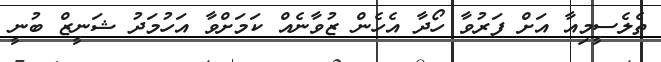
ތެލެސީމިއާ އަށް ފަރުވާ ހޯދާ އެހެން ޒުވާނެއް ކަމަށްވާ އަހުމަދު ޝަނީޒް ބުނީ